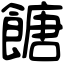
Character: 餹